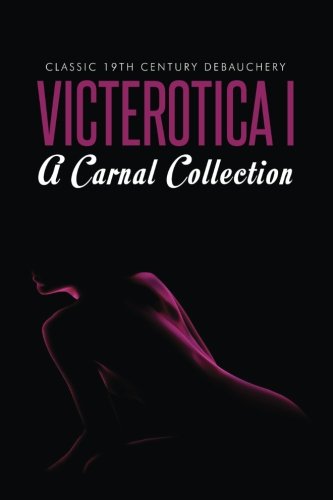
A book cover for Victerotica I - A Carnal Collection (Sex Stories from the Victorian Age); Anonymous; Romance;